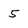
Character: 5